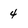
Character: 4